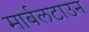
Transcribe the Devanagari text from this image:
मार्बलटाउन